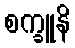
စက္ခူနိ